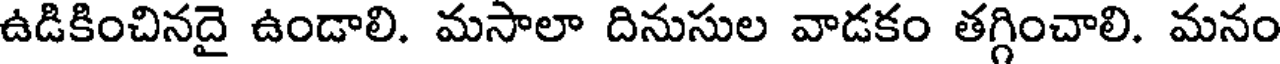
ఉడికించినదై ఉండాలి. మసాలా దినుసుల వాడకం తగ్గించాలి. మనం